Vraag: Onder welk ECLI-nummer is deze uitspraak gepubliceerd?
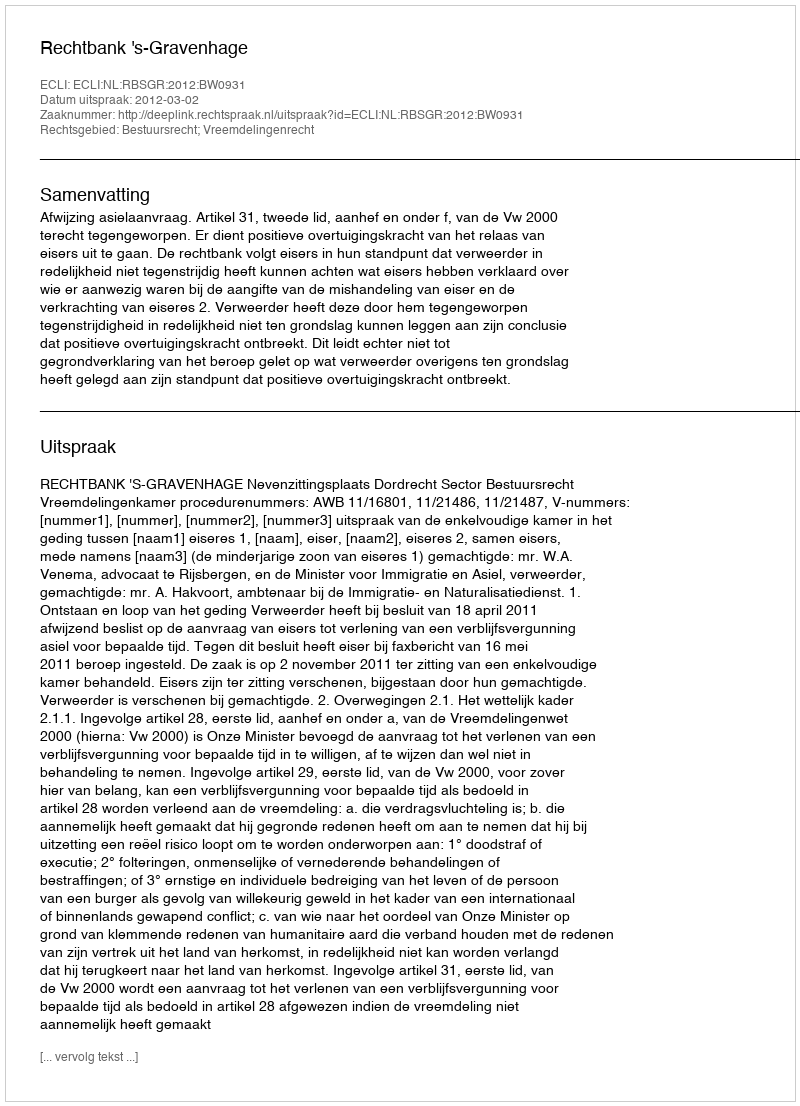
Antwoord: ECLI:NL:RBSGR:2012:BW0931